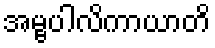
အမ္ဗပါလိကာယာတိ